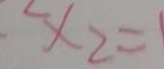
x _ { 2 } =